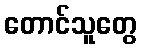
တောင်သူတွေ